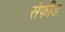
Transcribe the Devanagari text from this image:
सेफीड